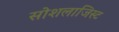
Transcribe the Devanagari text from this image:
सोशलाजिस्ट